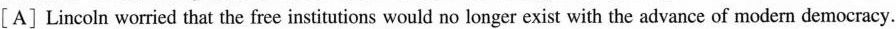
[A] Lincoln worried that the free institutions would no longer exist with the advance of modem democracy.